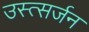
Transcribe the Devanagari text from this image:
उस्त्सर्जन